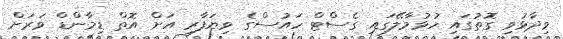
ވިދާޅުވި ގޮތުގައި ހުޅުމާލޭގައި ގެސްޓް ހައުސްގެ ވިޔަފާރި އަށް އޮތް ޑިމާންޑް ވަރަށް